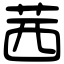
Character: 茜